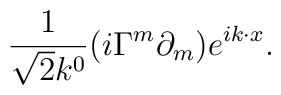
\frac{1}{\sqrt{2}k^0}(i\Gamma^m\partial_m)e^{ik\cdot x}.